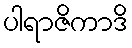
ပါရာဇိကာဒိ